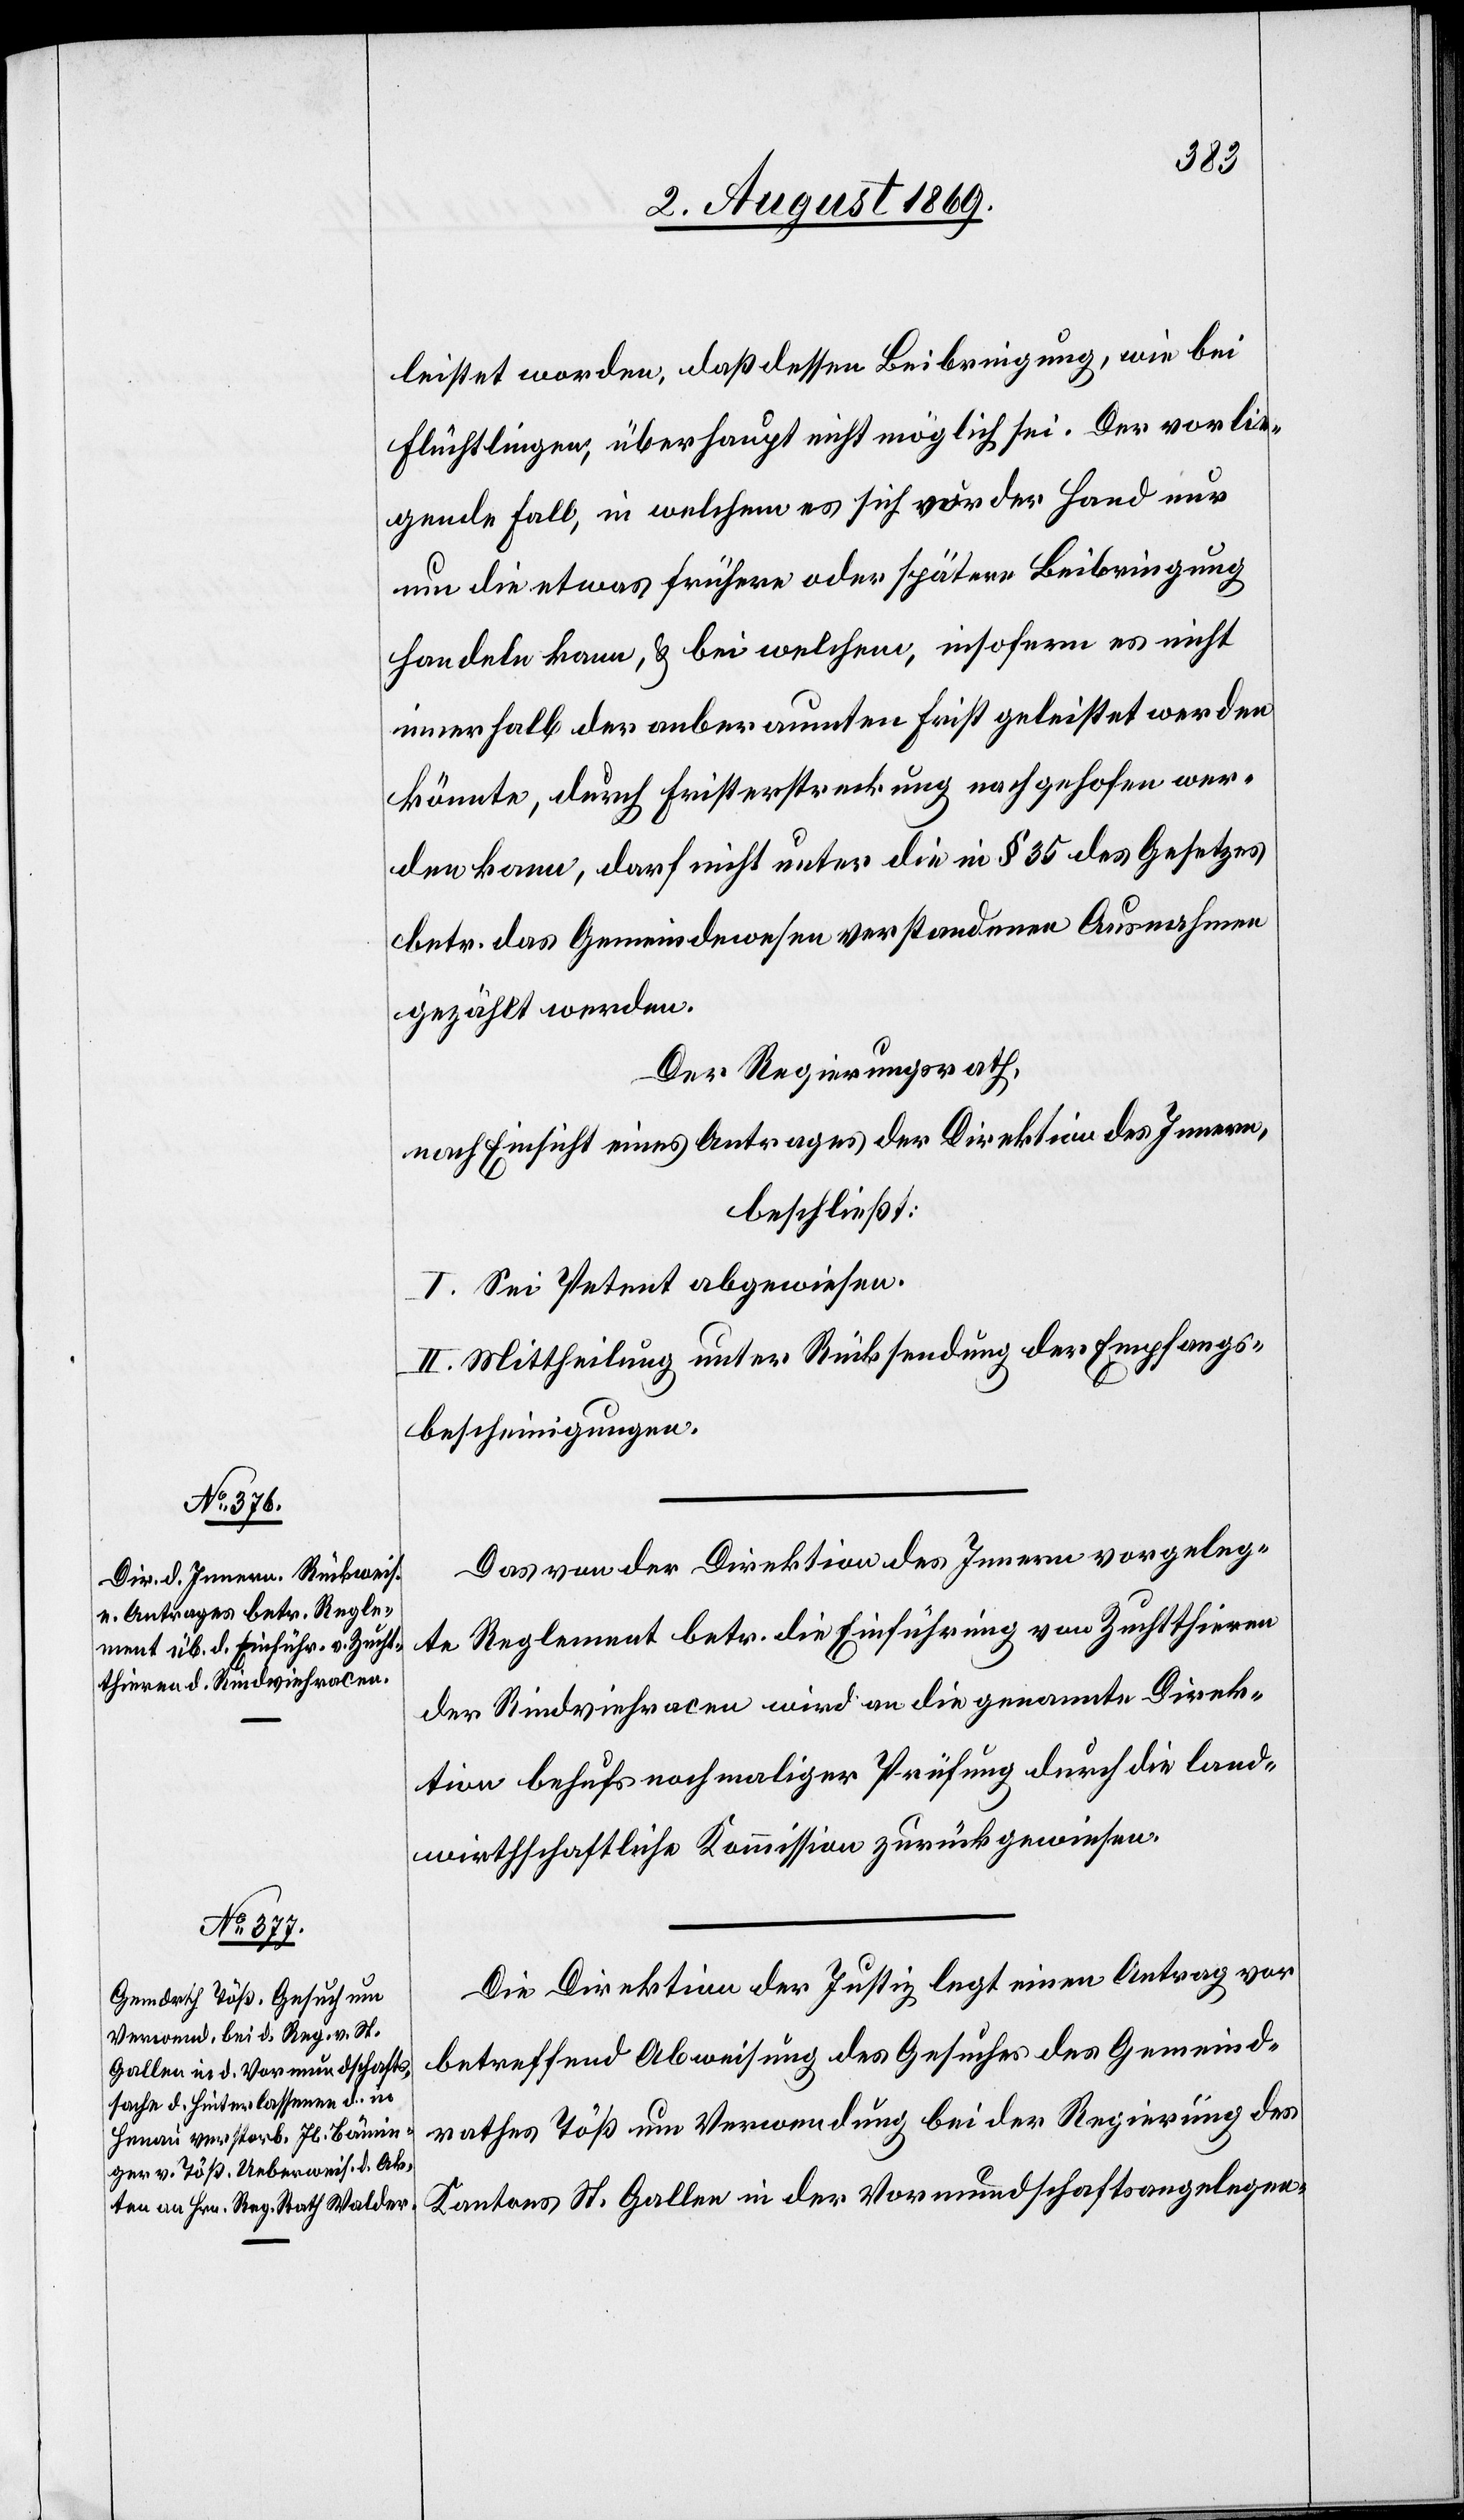
wer¬
leistet worden, daß dessen Beibringung, wie bei
Flüchtlingen, überhaupt nicht möglich sei. Der vorlie¬
gende Fall, in welchem es sich vor der Hand nur
um die etwas frühere oder spätere Beibringung
handeln kann, & bei welchem, insofern es nicht
innerhalb der anberaumten Frist geleistet werden
könnte, durch Fristerstreckung nachgehofen [s¬
den kann, darf nicht unter die in § 35 des Gesetzes
betr. das Gemeindwesen verstandene Ausnahme
gezählt werden.
Der Regierungsrath,
nach Einsicht eines Antrages der Direktion des Innern,
beschließt:
I. Sei Petent abgewiesen.
II. Mittheilung unter Rücksendung der Empfangs¬
bescheinigungen.
Das von der Direktion des Innern vorgeleg¬
te Reglement betr. die Einführung von Zuchtthieren
der Rindsviehracen wird an die genannte Direk¬
tion behufs nochmaliger Prüfung durch die land¬
wirthschaftliche Kommission zurückgewiesen.
Die Direktion der Justiz legt einen Antrag vor
betreffend Abweisung des Gesuches des Gemeind¬
rathes Töß um Verwendung bei der Regierung des
Kantons St. Gallen in der Vormundschaftsangelegen-